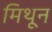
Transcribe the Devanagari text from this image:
मिथून